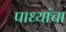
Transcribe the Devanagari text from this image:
पाध्यांचा